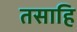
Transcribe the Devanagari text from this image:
तसाहि